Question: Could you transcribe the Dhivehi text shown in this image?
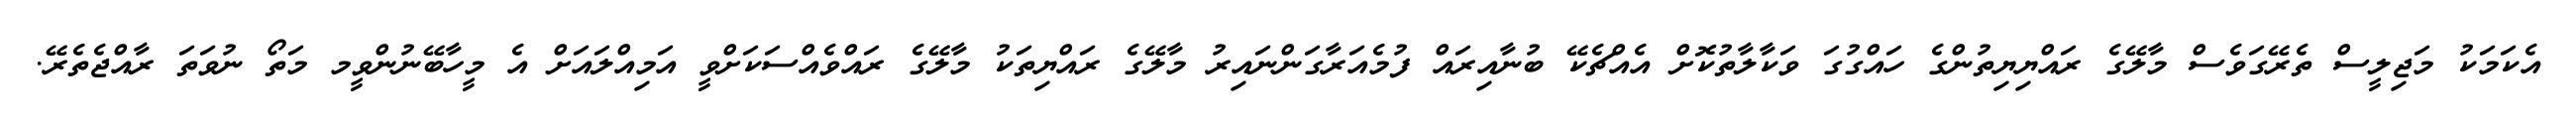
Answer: އެކަމަކު މަޖިލީސް ތެރޭގަވެސް މާލޭގެ ރައްޔިޔިތުންގެ ހައްގުގަ ވަކާލާތުކޮށް އެއްޗެކޭ ބުނާއިރައް ފުމެއަރާގަންނައިރު މާލޭގެ ރައްޔިތަކު މާލޭގެ ރައްވެއްސަކަށްވީ އަމިއްލައަށް އެ މީހާބޭނުންވީމ މަތޯ ނުވަތަ ރާއްޖެތެރޭ.